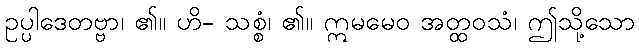
ဥပ္ပါဒေတဗ္ဗာ၊ ၏။ ဟိ- သစ္စံ၊ ၏။ ဣမမေဝ အတ္ထဝသံ၊ ဤသို့သော